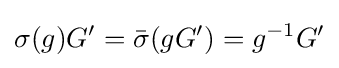
\sigma (g)G'={\bar {\sigma }}(gG')=g^{-1}G'